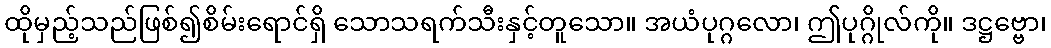
ထိုမှည့်သည်ဖြစ်၍စိမ်းရောင်ရှိ သောသရက်သီးနှင့်တူသော။ အယံပုဂ္ဂလော၊ ဤပုဂ္ဂိုလ်ကို။ ဒဋ္ဌဗ္ဗော၊